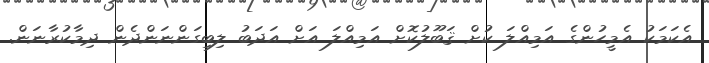
އެކަމަކު އެމީހުންގެ އަމިއްލަ ކުށް ޤަބޫލުކޮށް އަމިއްލަ އަށް އަދަބު ލިބިގަންނަންދެން ދިމާކުރާނަން.